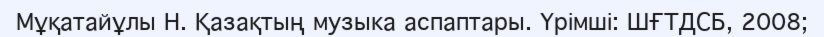
Мұқатайұлы Н. Қазақтың музыка аспаптары. Үрімші: ШҒТДСБ, 2008;